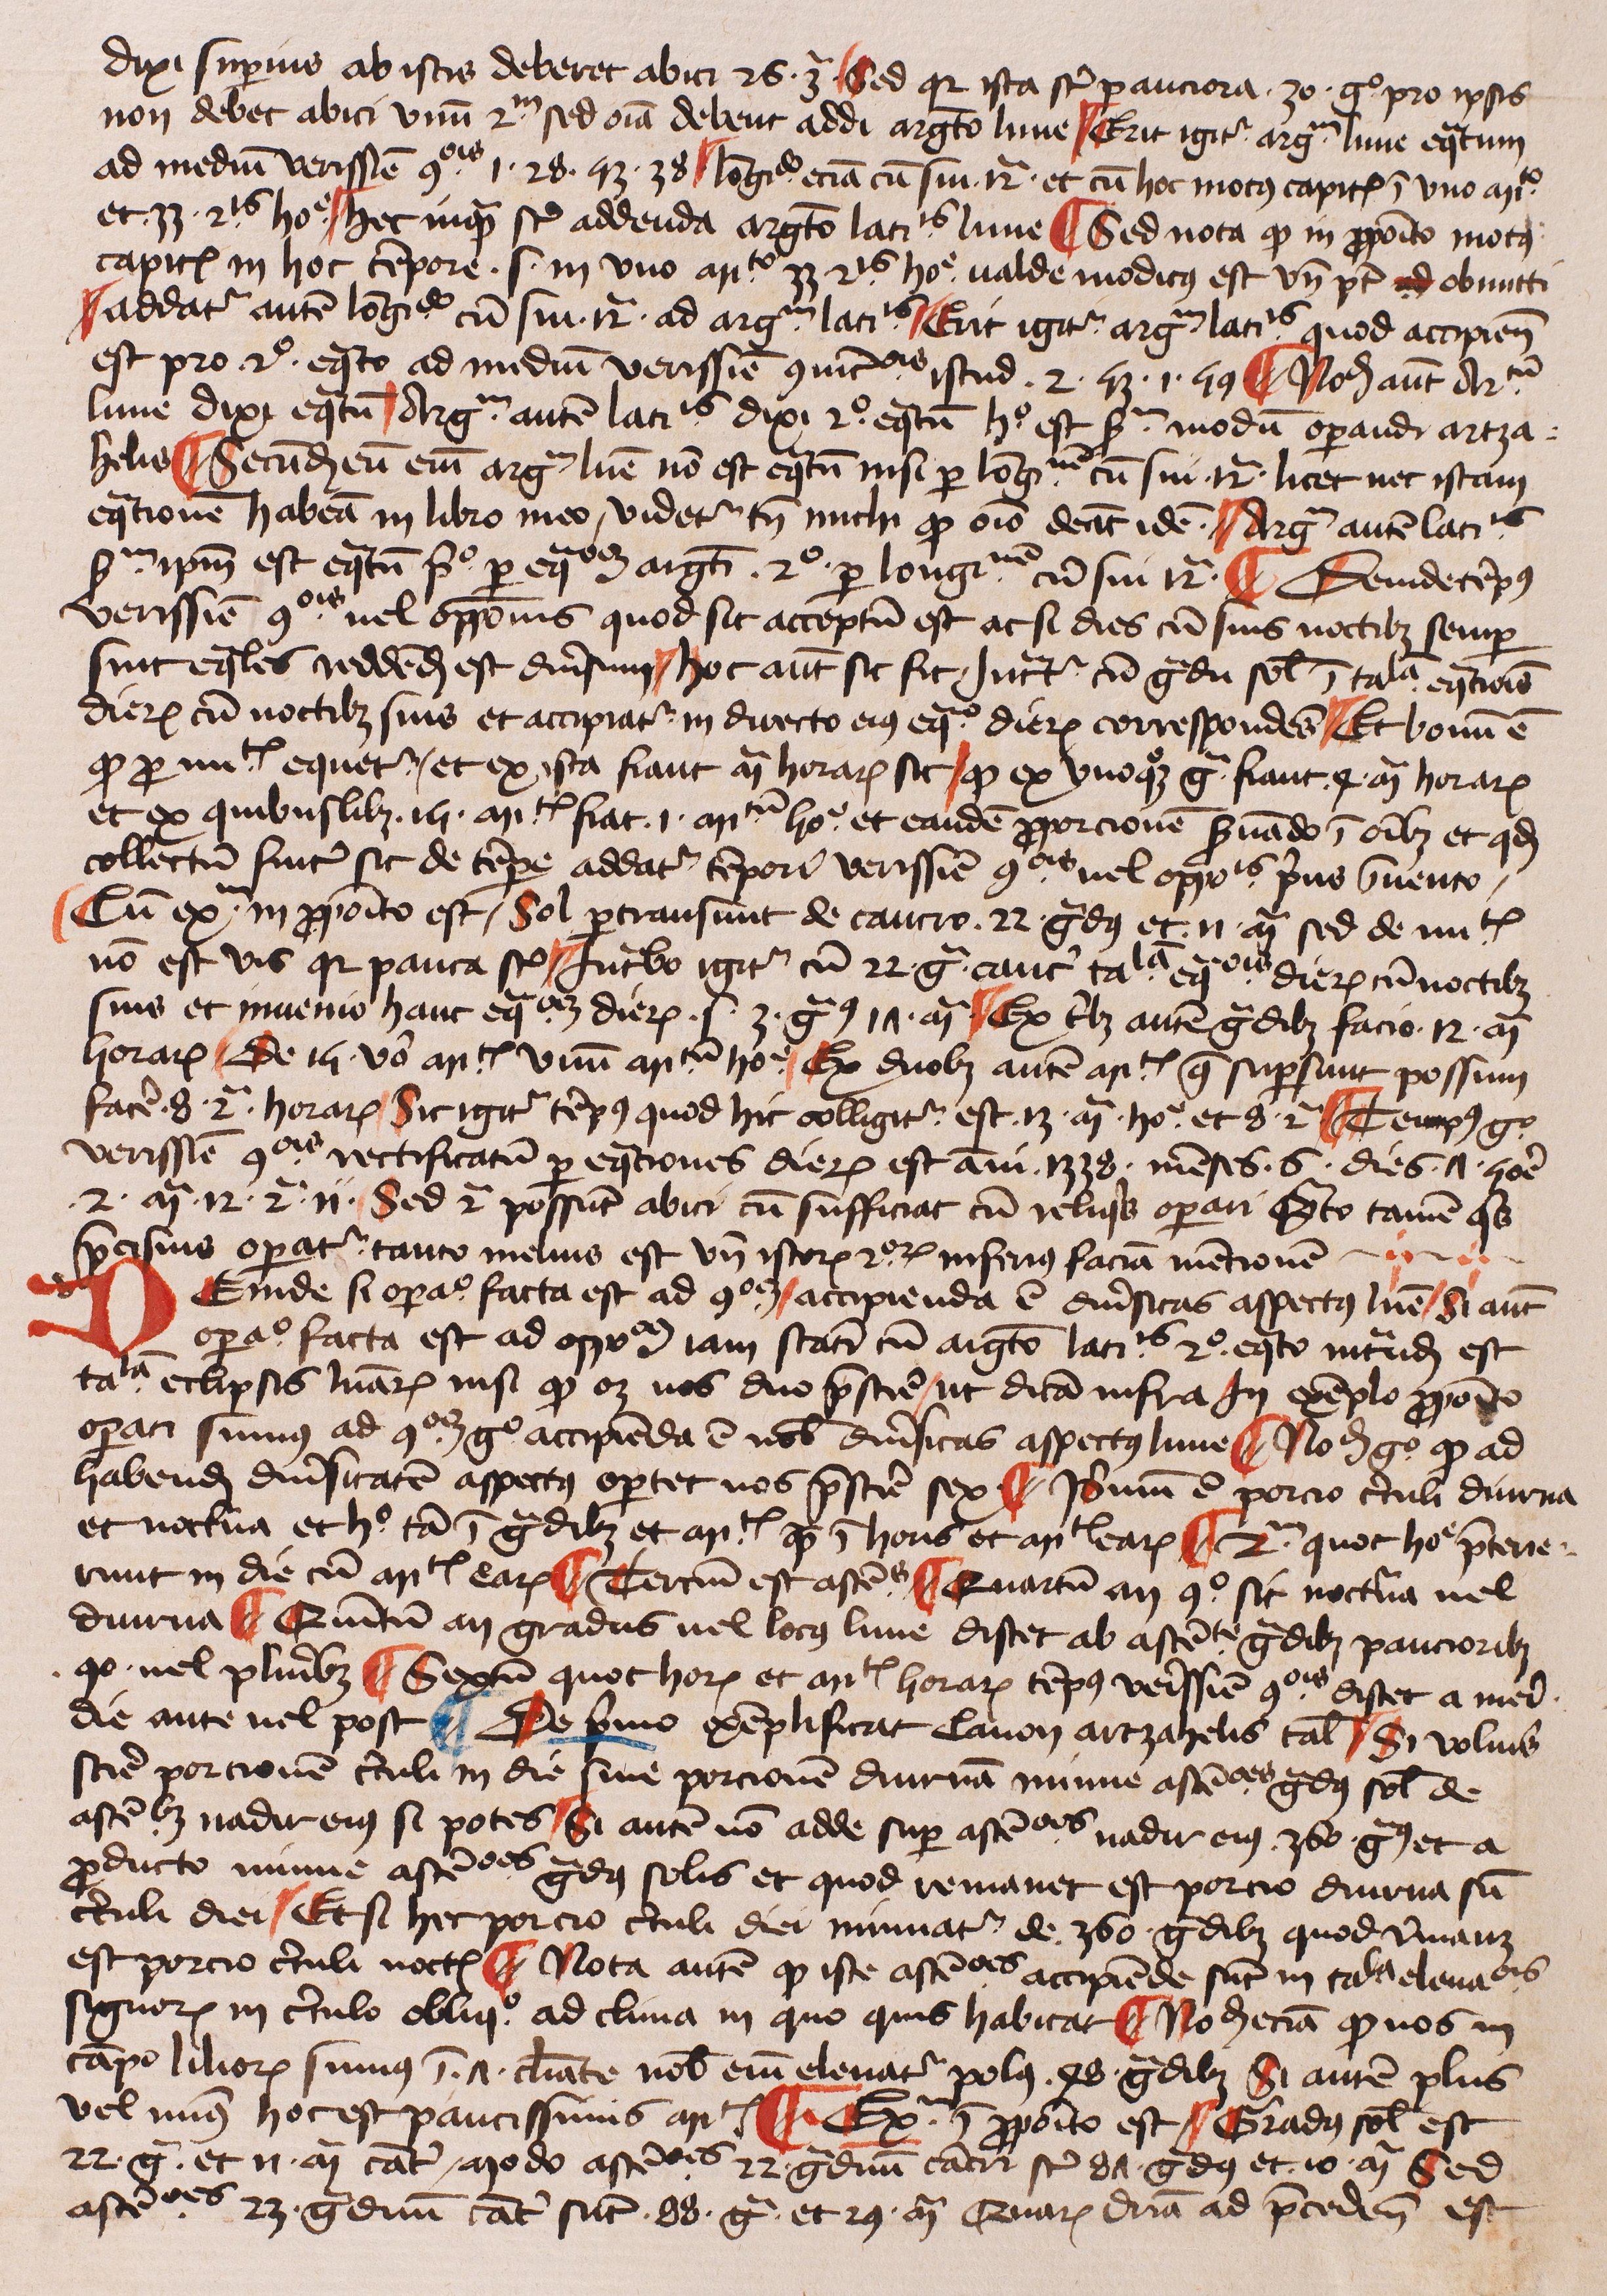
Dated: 1425–1449